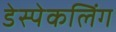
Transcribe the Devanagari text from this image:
डेस्पेकलिंग